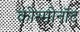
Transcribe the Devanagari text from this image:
कोस्मोनॉट